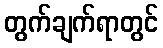
တွက်ချက်ရာတွင်